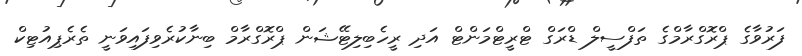
ފަރުވާގެ ޕްރޮގްރާމްގެ ތަފްސީލް ޑްރަގް ޓްރީޓްމަންޓް އަދި ރީހެބިލިޓޭޝަން ޕްރޮގްރާމް ބިނާކުރެވިފައިވަނީ ތެރެޕިއުޓިކް